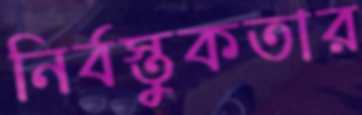
নির্বস্তুকতার